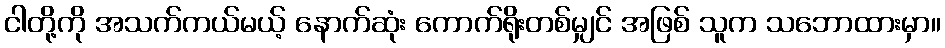
ငါတို့ကို အသက်ကယ်မယ့် နောက်ဆုံး ကောက်ရိုးတစ်မျှင် အဖြစ် သူက သဘောထားမှာ။